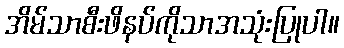
အိမ်သာစီးဖိနပ်ကိုသာအသုံးပြုပါ။